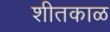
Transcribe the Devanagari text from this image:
शीतकाळ